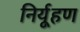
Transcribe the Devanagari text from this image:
निर्यूहण